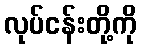
လုပ်ငန်းတို့ကို